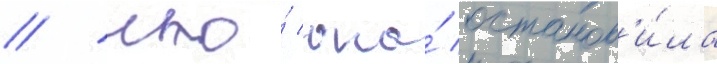
/ что́ она́ останов'и́ла